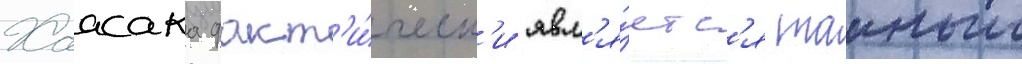
Хаасака факт'и́ческ'и явл'я́етс'я таиным